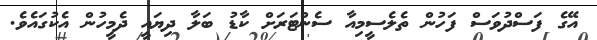
އޭގެ ފަސްދުވަސް ފަހުން ތެލެސީމިއާ ސެންޓަރަށް ކާޑު ބަލާ ދިޔައީ ދެމީހުން އެކުގައެވެ.